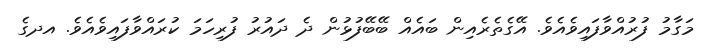
މަގާމު ފުރުއްވާފައިވެއެވެ. އޭގެތެރެއިން ބައެއް ބޭބޭފުޅުން ދެ ދައުރު ފުރިހަމަ ކުރައްވާފައިވެއެވެ. އދގެ